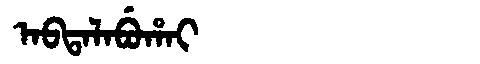
Manchu: ᠠᠪᡨᠠᠯᠠᠪᡠᡥᠠᡳ
Romanization: ABTALABUHAI